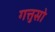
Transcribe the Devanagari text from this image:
गत्तुसो